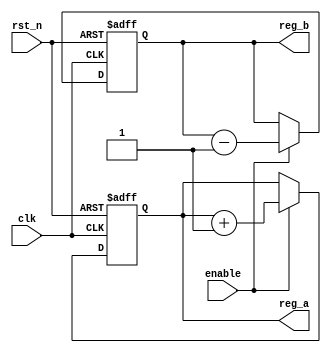
module ParameterInitialization #(
    parameter INITIAL_VALUE_A = 8'h00, // Default initial value for register A
    parameter INITIAL_VALUE_B = 8'hFF  // Default initial value for register B
)(
    input wire clk,          // Clock input
    input wire rst_n,       // Active low reset
    input wire enable,      // Enable signal for the operation
    output reg [7:0] reg_a, // Internal register A
    output reg [7:0] reg_b  // Internal register B
);

// Initialize internal state variables
initial begin
    reg_a = INITIAL_VALUE_A; // Initialize reg_a with parameter value
    reg_b = INITIAL_VALUE_B; // Initialize reg_b with parameter value
end

// Main behavioral logic
always @(posedge clk or negedge rst_n) begin
    if (!rst_n) begin
        // Reset state on active low reset
        reg_a <= INITIAL_VALUE_A;
        reg_b <= INITIAL_VALUE_B;
    end else if (enable) begin
        // Example logic: Increment reg_a and reg_b
        reg_a <= reg_a + 1;
        reg_b <= reg_b - 1;
    end
end

endmodule